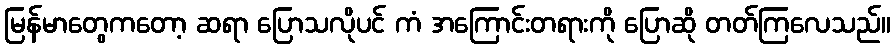
မြန်မာတွေကတော့ ဆရာ ပြောသလိုပင် ကံ အကြောင်းတရားကို ပြောဆို တတ်ကြလေသည်။